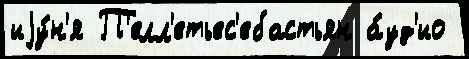
иjу́н'я П'елл'етьес'ебастьян а́уд'ио